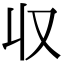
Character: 収